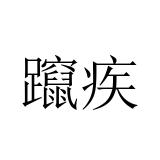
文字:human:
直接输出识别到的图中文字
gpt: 躥疾